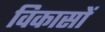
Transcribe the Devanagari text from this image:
विकासों